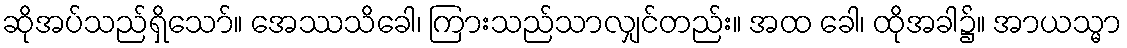
ဆိုအပ်သည်ရှိသော်။ အေဿသိခေါ၊ ကြားသည်သာလျှင်တည်း။ အထ ခေါ၊ ထိုအခါ၌။ အာယသ္မာ